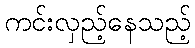
ကင်းလှည့်နေသည့်